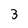
Character: 3